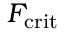
F _ { \mathrm { c r i t } }